Insane asylums in Bengal annual reports 1876-1887 - 1876-1887
Year: 1876
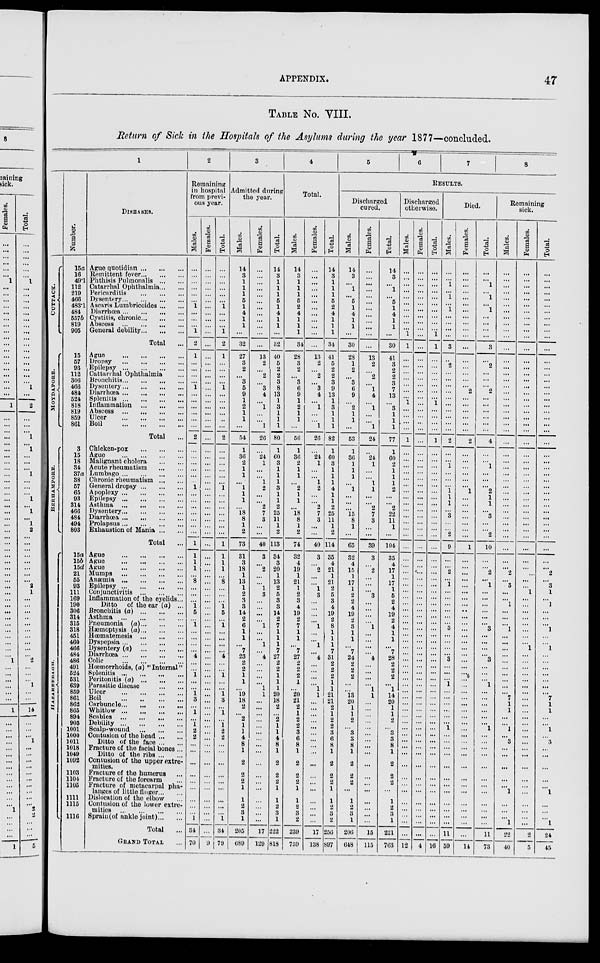
APPENDIX.
47
TABLE No. VIII.
Return of Sick in the Hospitals of the Asylums during the year 1877—concluded.
1
CUTTACK.
MOYDAPORE.
BERHAMPORE.
HAZAREEBAGH.
Number.
15a
16
49.1
112
219
466
483.1
484
557b
819
905
15
57
93
112
306
466
484
524
818
819
859
861
3
15
18
34
37a
38
57
65
93
314
466
484
494
803
15a
15b
15d
21
55
93
111
169
190
306
314
315
318
451
460
466
484
486
491
524
531
639
859
861
862
865
894
905
1001
1000
1011
1018
1049
1092
1103
1104
1105
1111
1115
1116
DISEASES.
Ague quotidian ... ... ...
Remittent fever ... ... ...
Phthisis Pulmonalis ... ...
Catarrhal Ophthalmia ... ...
Pericarditis
...
...
...
Dysentery ... ... ... ...
Ascaris Lumbricoides ... ...
Diarrhœa ... ... ... ...
Cystitis, chronic ... ... ...
Abscess
...
...
...
...
General debility ... ... ...
Total ...
Ague
...
...
...
...
Dropsy
...
...
...
...
Epilepsy
...
...
...
...
Cattarrhal Ophthalmia ...
Bronchitis ... ... ... ...
Dysentery ... ... ... ...
Diarrhœa ... ... ... ...
Splenitis
...
...
...
...
Inflammation
...
...
...
Abscess
...
...
...
...
Ulcer
...
...
...
...
Boil
...
...
...
...
Total ...
Chicken-pox
...
...
...
Ague
...
...
...
...
Malignant cholera
...
...
Acute rheumatism
...
...
Lumbago...
...
...
...
Chronic rheumatism ... ...
General dropsy...
...
...
Apoplexy ... ... ... ...
Epilepsy
...
...
...
...
Asthma
...
...
...
...
Dysentery ... ... ... ...
Diarrhœa
...
...
...
...
Prolapsus...
...
...
...
Exhaustion of Mania ... ...
Total ...
Ague
...
...
...
...
Ague
...
...
...
...
Ague
...
...
...
...
Mumps
...
...
...
...
Anæmia
...
...
...
...
Epilepsy ... ... ... ...
Conjunctivitis
...
...
...
Inflammation of the eyelids...
Ditto
of the ear (a) ...
Bronchitis (a) ... ... ...
Asthma
...
...
...
...
Pneumonia (a) ... ... ...
Hæmoptysis (a) ... ... ...
Hœmatemesis
...
...
...
Dyspepsia ... ... ... ...
Dysentery (a)
...
...
...
Diarrhœa ... ... ... ...
Colic
...
...
...
...
Hœmorrhoids, (a) "Internal"
Splenitis
...
...
...
...
Peritonitis (a) ... ... ...
Parasitic disease
...
...
Ulcer
...
...
...
...
Boil
...
...
...
...
Carbuncle ... ... ... ...
Whitlow
...
...
...
...
Scabies
...
...
...
...
Debility
...
...
...
...
Scalp-wound
...
...
...
Contusion of the head ... ...
Ditto of the face ... ...
Fracture of the facial bones ...
Ditto of the ribs ... ...
Contusion of the upper extre-
mities.
Fracture of the humerus ...
Fracture of the forearm ...
Fracture of metacarpal pha-
langes of little finger ... ...
Dislocation of the elbow ...
Contusion of the lower extre-
mities
...
...
...
...
Sprain (of ankle joint) ... ...
Total ...
GRAND TOTAL ...
2
Remaining
in hospital
from previ-
ous year.
Males.
...
...
...
...
...
...
1
...
...
...
1
2
1
...
...
...
...
1
...
...
...
...
...
...
2
...
...
...
...
...
...
1
...
...
...
...
...
...
...
1
1
1
1
...
8
...
...
...
1
5
...
1
...
...
...
...
4
...
...
1
...
...
1
3
...
1
...
1
2
2
...
...
...
...
...
...
...
...
...
1
34
70
Females.
...
...
...
...
...
...
...
...
...
...
...
...
...
...
...
...
...
...
...
...
...
...
...
...
...
...
...
...
...
...
...
...
...
...
...
...
...
...
...
...
...
...
...
...
...
...
...
...
...
...
...
...
...
...
...
...
...
...
...
...
...
...
...
...
...
...
...
...
...
...
...
...
...
...
...
...
...
...
...
...
...
9
Total.
...
...
...
...
...
...
1
...
...
...
1
2
1
...
...
...
...
1
...
...
...
...
...
...
2
...
...
...
...
...
...
1
...
...
...
...
...
...
...
1
1
1
1
...
8
...
...
...
1
5
...
1
...
...
...
...
4
...
...
1
...
...
1
3
...
1
...
1
2
2
...
...
...
...
...
...
...
...
...
1
34
79
3
Admitted during
the year.
Males.
14
3
1
1
1
5
1
4
1
1
...
32
27
3
2
...
3
5
9
1
2
1
1
...
54
1
36
2
1
1
...
1
1
1
...
18
8
1
2
73
31
3
18
1
13
1
2
3
3
14
2
6
1
1
...
7
23
2
2
1
1
...
19
18
2
...
2
1
1
4
8
1
2
2
2
1
1
2
3
1
205
689
Females.
...
...
...
...
...
...
...
...
...
...
...
...
13
2
...
2
...
3
4
...
1
...
...
1
26
...
24
1
...
...
1
2
...
...
2
7
3
...
...
40
3
...
2
...
...
1
3
...
...
...
...
1
...
...
1
...
4
...
...
...
...
1
1
...
...
...
...
...
...
...
...
...
...
...
...
...
...
...
...
...
17
129
Total.
14
3
1
1
1
5
1
4
1
1
...
32
40
5
2
2
3
8
13
1
3
1
1
1
80
1
60
3
1
1
1
3
1
1
2
25
11
1
2
113
34
3
20
1
13
2
5
3
3
14
2
7
1
1
1
7
27
2
2
1
1
1
20
18
2
...
2
1
1
4
8
1
2
2
2
1
1
2
3
1
222
818
4
Total.
Males.
14
3
1
1
1
5
2
4
1
1
1
34
28
3
2
...
3
6
9
1
2
1
1
...
56
1
36
2
1
1
...
2
1
1
...
18
8
1
2
74
32
4
19
1
21
1
2
3
4
19
2
7
1
1
...
7
27
2
2
2
1
...
20
21
2
1
2
2
3
6
8
1
2
2
2
1
1
2
3
2
239
759
Females.
...
...
...
...
...
...
...
...
...
...
...
...
13
2
...
2
...
3
4
...
1
...
...
1
26
...
24
1
...
...
1
2
...
...
2
7
3
...
...
40
3
...
2
...
...
1
3
...
...
...
...
1
...
...
1
...
4
...
...
...
...
1
1
...
...
...
...
...
...
...
...
...
...
...
...
...
...
...
...
...
17
138
Total.
14
3
1
1
1
5
2
4
1
1
1
34
41
5
2
2
3
9
13
1
3
1
1
1
82
1
60
3
1
1
1
4
1
1
2
25
11
1
2
114
35
4
21
1
21
2
5
3
4
19
2
8
1
1
1
7
31
2
2
2
1
1
21
21
2
1
2
2
3
6
8
1
2
2
2
1
1
2
3
2
256
897
5
6
7
8
RESULTS.
Discharged
cured.
Males.
14
3
...
1
...
5
1
4
1
1
...
30
28
1
2
...
3
6
9
...
2
1
1
...
53
1
36
1
1
1
...
1
...
...
...
15
8
1
...
65
32
4
15
1
17
1
2
2
4
19
2
3
1
1
...
7
24
2
2
2
...
...
13
20
1
1
2
...
3
3
8
1
2
2
2
...
1
2
3
1
206
648
Females.
...
...
...
...
...
...
...
...
...
...
...
...
13
2
...
2
...
1
4
...
1
...
...
1
24
...
24
1
...
...
1
1
...
...
2
7
3
...
...
39
3
...
2
...
...
...
3
...
...
...
...
1
...
...
...
...
4
...
...
...
...
1
1
...
...
...
...
...
...
...
...
...
...
...
...
...
...
...
...
...
15
115
Total.
14
3
...
1
...
5
1
4
1
1
...
30
41
3
2
2
3
7
13
...
3
1
1
1
77
1
60
2
1
1
1
2
...
...
2
22
11
1
...
104
35
4
17
1
17
1
5
2
4
19
2
4
1
1
...
7
28
2
2
2
...
1
14
20
1
1
2
...
3
3
8
1
2
2
2
...
1
2
3
1
221
763
Discharged
otherwise.
Males.
...
...
...
...
...
...
...
...
...
...
1
1
...
...
...
...
...
...
...
1
...
...
...
...
1
...
...
...
...
...
...
...
...
...
...
...
...
...
...
...
...
...
...
...
...
...
...
...
...
...
...
...
...
...
...
...
...
...
...
...
...
...
...
...
...
...
...
...
...
...
...
...
...
...
...
...
...
...
...
...
...
12
Females.
...
...
...
...
...
...
...
...
...
...
...
...
...
...
...
...
...
...
...
...
...
...
...
...
...
...
...
...
...
...
...
...
...
...
...
...
...
...
...
...
...
...
...
...
...
...
...
...
...
...
...
...
...
...
...
...
...
...
...
...
...
...
...
...
...
...
...
...
...
...
...
...
...
...
...
...
...
...
...
...
...
4
Total.
...
...
...
...
...
...
...
...
...
...
1
1
...
...
...
...
...
...
...
1
...
...
...
...
1
...
...
...
...
...
...
...
...
...
...
...
...
...
...
...
...
...
...
...
...
...
...
...
...
...
...
...
...
...
...
...
...
...
...
...
...
...
...
...
...
...
...
...
...
...
...
...
...
...
...
...
...
...
...
...
...
16
Died.
Males.
...
...
1
...
1
...
1
...
...
...
...
3
...
2
...
...
...
...
...
...
...
...
...
...
2
...
...
1
...
...
...
1
1
1
...
3
...
...
2
9
...
...
2
...
1
...
...
...
...
...
...
3
...
...
...
...
3
...
...
...
1
...
...
...
...
...
...
1
...
...
...
...
...
...
...
...
...
...
...
...
11
59
Females.
...
...
...
...
...
...
...
...
...
...
...
...
...
...
...
...
...
2
...
...
...
...
...
...
2
...
...
...
...
...
...
1
...
...
...
...
...
...
...
1
...
...
...
...
...
...
...
...
...
...
...
...
...
...
...
...
...
...
...
...
...
...
...
...
...
...
...
...
...
...
...
...
...
...
...
...
...
...
...
...
...
14
Total.
...
...
1
...
1
...
1
...
...
...
...
3
...
2
...
...
...
2
...
...
...
...
...
...
4
...
...
1
...
...
...
2
1
1
...
3
...
...
2
10
...
...
2
...
1
...
...
...
...
...
...
3
...
...
...
...
3
...
...
...
1
...
...
...
...
...
...
1
...
...
...
...
...
...
...
...
...
...
...
...
11
73
Remaining
sick.
Males.
...
...
...
...
...
...
...
...
...
...
...
...
...
...
...
...
...
...
...
...
...
...
...
...
...
...
...
...
...
...
...
...
...
...
...
...
...
...
...
...
...
...
2
...
3
...
...
1
...
...
...
1
...
...
...
...
...
...
...
...
...
...
7
1
1
...
...
1
...
3
...
...
...
...
...
1
...
...
...
1
22
40
Females.
...
...
...
...
...
...
...
...
...
...
...
...
...
...
...
...
...
...
...
...
...
...
...
...
...
...
...
...
...
...
...
...
...
...
...
...
...
...
...
...
...
...
...
...
...
1
...
...
...
...
...
...
...
...
1
...
...
...
...
...
...
...
...
...
...
...
...
...
...
...
...
...
...
...
...
...
...
...
...
...
2
5
Total.
...
...
...
...
...
...
...
...
...
...
...
...
...
...
...
...
...
...
...
...
...
...
...
...
...
...
...
...
...
...
...
...
...
...
...
...
...
...
...
...
...
...
2
...
3
1
...
1
...
...
...
1
...
...
1
...
...
...
...
...
...
...
7
1
1
...
...
1
...
3
...
...
...
...
...
1
...
...
...
1
24
45